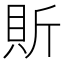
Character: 𧵆